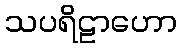
သပရိဠာဟော